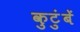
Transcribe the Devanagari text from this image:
कुटुंबें